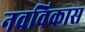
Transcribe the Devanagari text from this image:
नवविकास